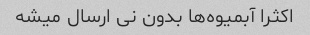
اکثرا آبمیوه‌ها بدون نی ارسال میشه